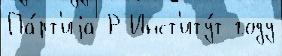
Па́рт'иjа Р Инст'иту́т году